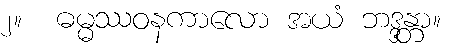
၂။  ဓမ္မဿဝနကာလော အယံ ဘဒ္ဒန္တာ။